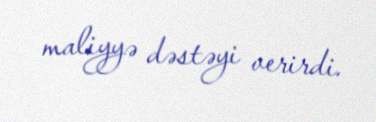
maliyyə dəstəyi verirdi.